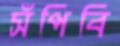
সঁপিবি